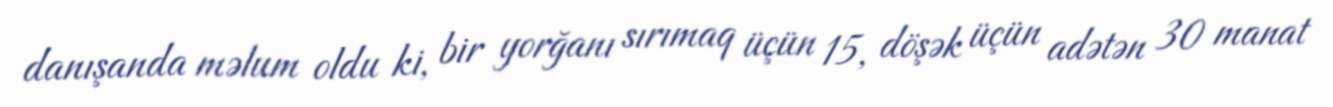
danışanda məlum oldu ki, bir yorğanı sırımaq üçün 15, döşək üçün adətən 30 manat